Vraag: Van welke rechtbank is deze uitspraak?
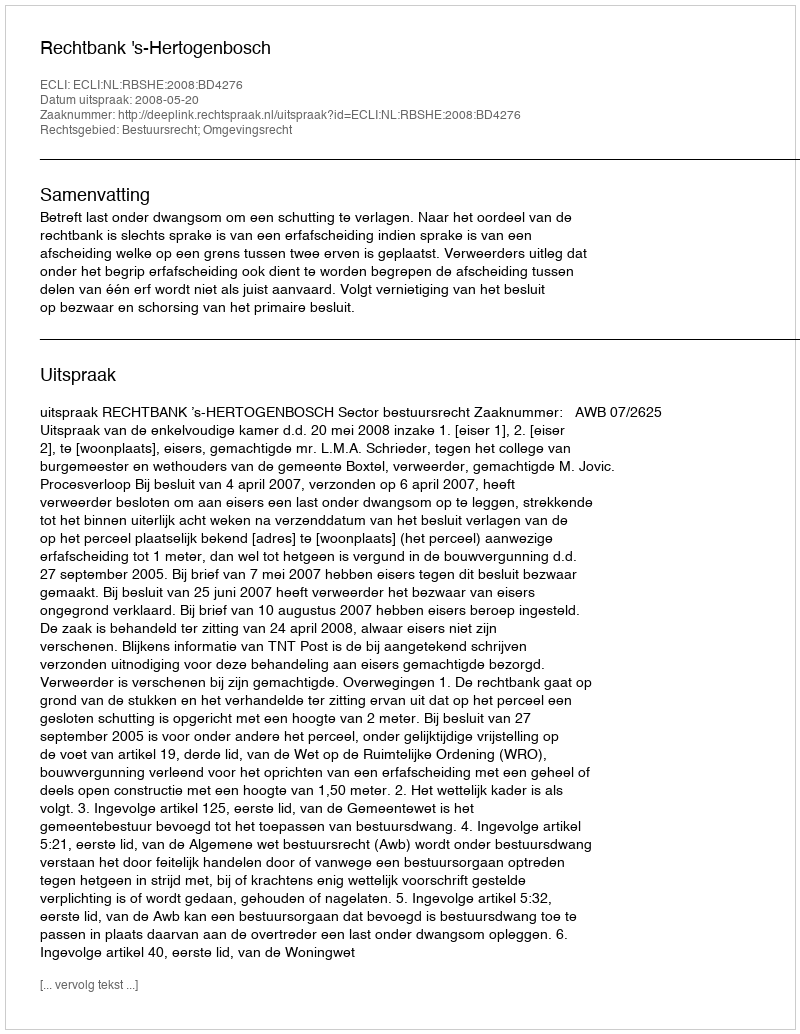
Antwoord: Rechtbank 's-Hertogenbosch